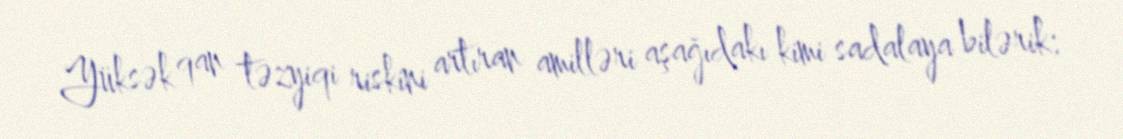
Yüksək qan təzyiqi riskini artıran amilləri aşağıdakı kimi sadalaya bilərik: